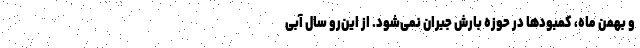
و بهمن ماه، کمبودها در حوزه بارش جبران نمی‌شود. از این‌رو سال آبی